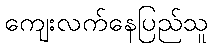
ကျေးလက်နေပြည်သူ